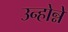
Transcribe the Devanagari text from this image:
उन्होन्ने